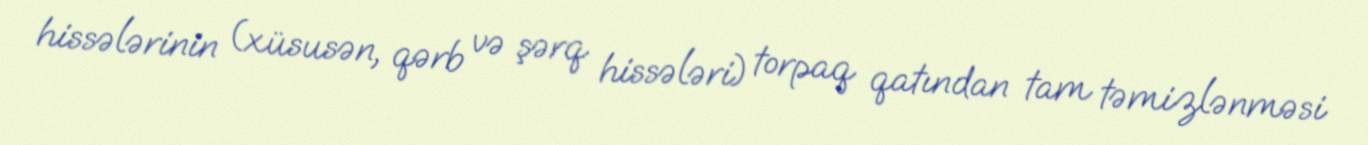
hissələrinin (xüsusən, qərb və şərq hissələri) torpaq qatından tam təmizlənməsi